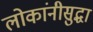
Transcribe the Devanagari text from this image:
लोकांनीसुद्धा